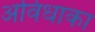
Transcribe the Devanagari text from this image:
अविधाका